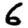
Digit: 6